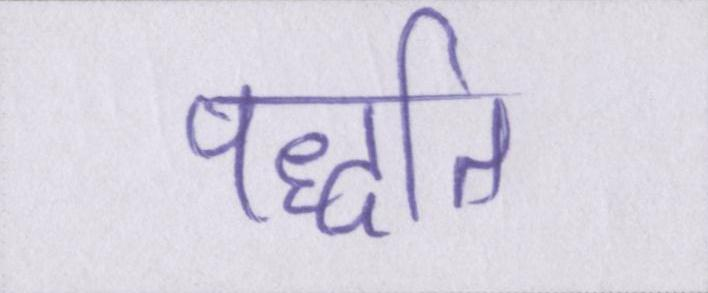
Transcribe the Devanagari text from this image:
पद्धति